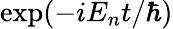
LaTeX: \exp(-iE_{n}t/\hbar)